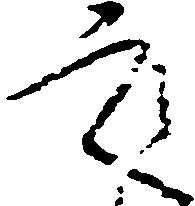
之